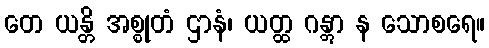
တေ ယန္တိ အစ္စုတံ ဌာနံ၊ ယတ္ထ ဂန္တွာ န သောစရေ။